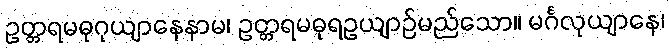
ဥတ္တရမဓုဂုယျာနေနာမ၊ ဥတ္တရမဓုရဥယျာဉ်မည်သော။ မင်္ဂလုယျာနေ၊